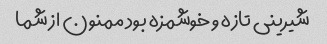
شیرینی تازه و خوشمزه بود ممنون از شما